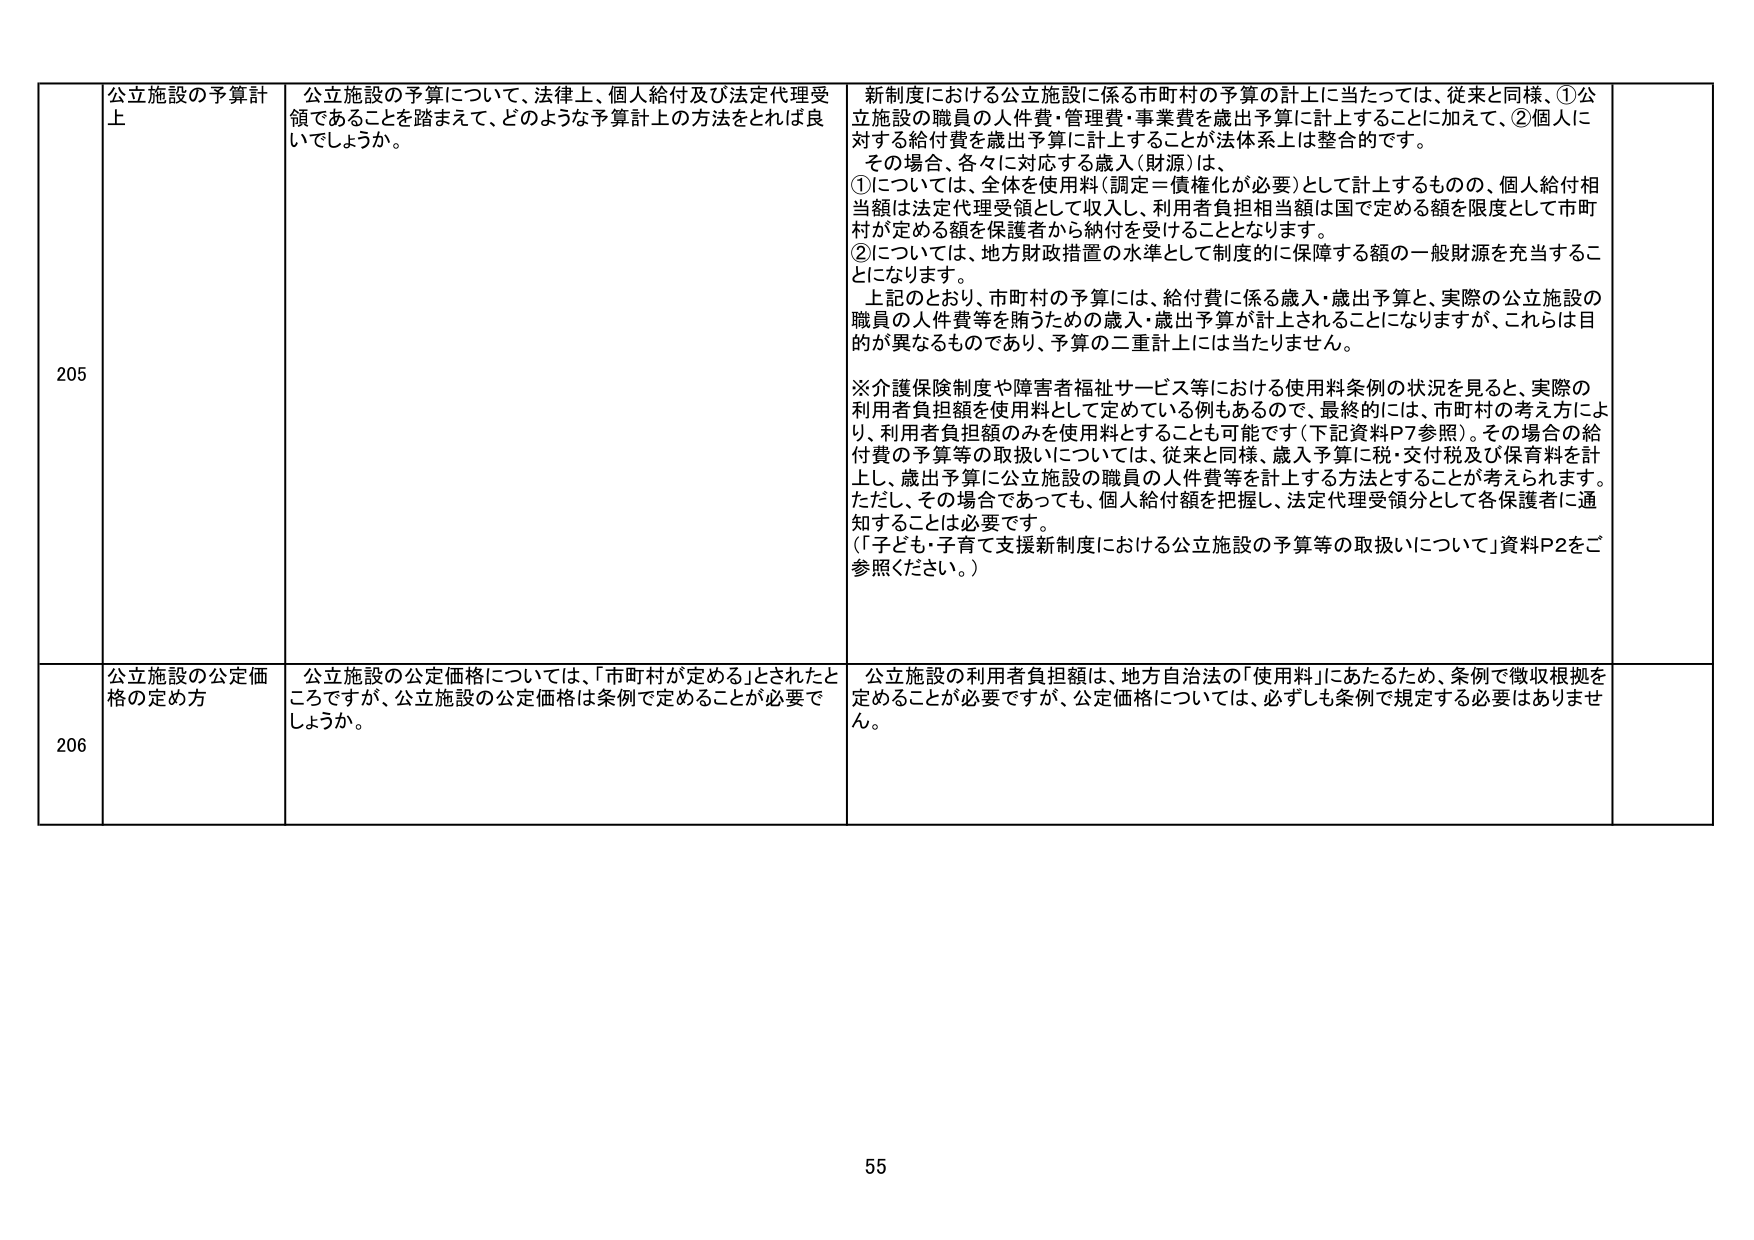
205
公立施設の予算計上
公立施設の予算について、法律上、個人給付及び法定代理受領であることを踏まえて、どのような予算計上の方法をとれば良いでしょうか。
新制度における公立施設に係る市町村の予算の計上に当たっては、従来と同様、①公立施設の職員の人件費・管理費・事業費を歳出予算に計上することに加えて、②個人に対する給付費を歳出予算に計上することが法体系上は整合的です。
その場合、各々に対応する歳入（財源）は、
①については、全体を使用料（調定＝債権化が必要）として計上するものの、個人給付相当額は法定代理受領として収入し、利用者負担相当額は国で定める額を限度として市町村が定める額を保護者から納付を受けることとなります。
②については、地方財政措置の水準として制度的に保障する額の一般財源を充当することになります。
上記のとおり、市町村の予算には、給付費に係る歳入・歳出予算と、実際の公立施設の職員の人件費等を賄うための歳入・歳出予算が計上されることになりますが、これらは目的が異なるものであり、予算の二重計上には当たりません。
※介護保険制度や障害者福祉サービス等における使用料条例の状況を見ると、実際の利用者負担額を使用料として定めている例もあるので、最終的には、市町村の考え方により、利用者負担額のみを使用料とすることも可能です（下記資料P7参照）。その場合の給付費の予算等の取扱いについては、従来と同様、歳入予算に税・交付税及び保育料を計上し、歳出予算に公立施設の職員の人件費等を計上する方法とすることが考えられます。ただし、その場合であっても、個人給付額を把握し、法定代理受領分として各保護者に通知することは必要です。
（「子ども・子育て支援新制度における公立施設の予算等の取扱いについて」資料P2をご参照ください。）

206
公立施設の公定価格の定め方
公立施設の公定価格については、「市町村が定める」とされたところですが、公立施設の公定価格は条例で定めることが必要でしょうか。
公立施設の利用者負担額は、地方自治法の「使用料」にあたるため、条例で徴収根拠を定めることが必要ですが、公定価格については、必ずしも条例で規定する必要はありません。

55